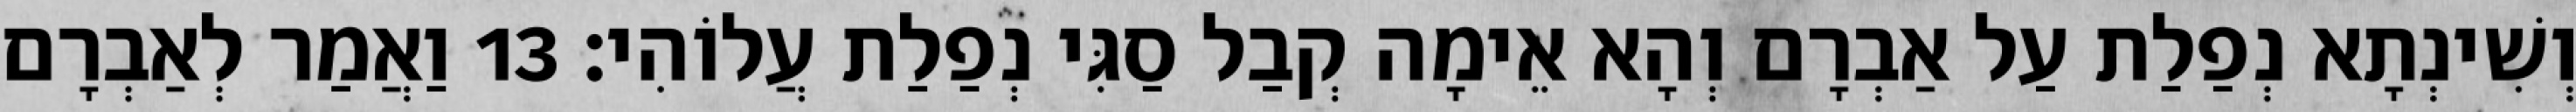
וְשִׁינְתָא נְפַלַת עַל אַבְרָם וְהָא אֵימָה קְבַל סַגִּי נְפַלַת עֲלוֹהִי׃ 13 וַאֲמַר לְאַבְרָם